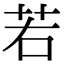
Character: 若